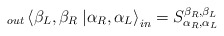
\begin{align*}_{out}\left\langle \beta _{L},\beta _{R}\right. \left| \alpha _{R},\alpha _{L}\right\rangle _{in}=S^{\beta _{R},\beta _{L}}_{\alpha _{R},\alpha _{L}}\end{align*}